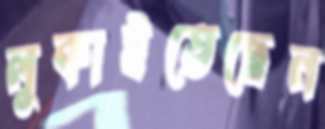
লুকাইতেছেন